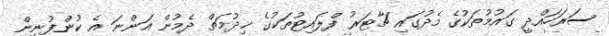
ސަރަހައްދީ ގައުމުތަކުގެ މެދުގައި ޗާޓަރު ފްލައިޓުތަކުގެ ޚިދުމަތް ދެމުން އަންނަ އެ ކުންފުނިން